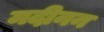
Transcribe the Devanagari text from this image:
मदीनन